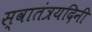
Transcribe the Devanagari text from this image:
स्वातंत्रयदिनी